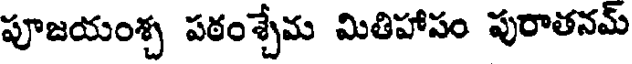
పూజయంశ్చ పఠంశ్చేమ మితిహాపం పురాతనమ్